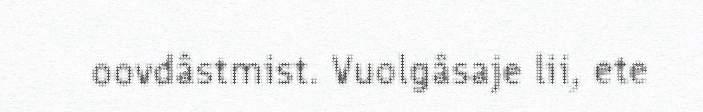
oovdâstmist. Vuolgâsaje lii, ete